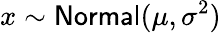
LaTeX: x\sim\mathsf{Normal}(\mu,\sigma^{2})